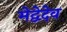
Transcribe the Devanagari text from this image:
मेद्वेदेव